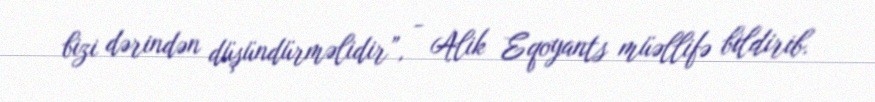
bizi dərindən düşündürməlidir”, - Alik Eqoyants müəllifə bildirib.